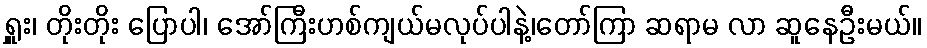
ရှူး၊ တိုးတိုး ပြောပါ၊ အော်ကြီးဟစ်ကျယ်မလုပ်ပါနဲ့၊တော်ကြာ ဆရာမ လာ ဆူနေဦးမယ်။